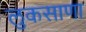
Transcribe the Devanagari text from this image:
लुकसाणा